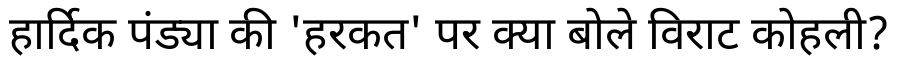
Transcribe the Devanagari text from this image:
हार्दिक पंड्या की 'हरकत' पर क्या बोले विराट कोहली?